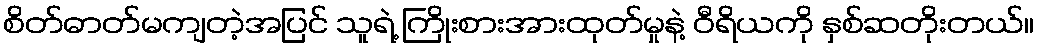
စိတ်ဓာတ်မကျတဲ့အပြင် သူရဲ့ ကြိုးစားအားထုတ်မှုနဲ့ ဝီရိယကို နှစ်ဆတိုးတယ်။